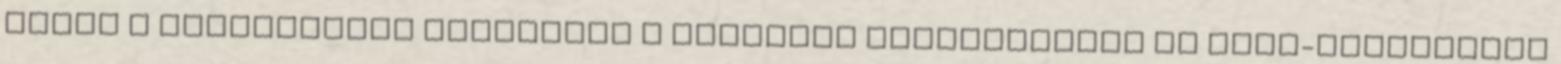
emlék a vascsapolás Miskolcon A barátság párkapcsolat is boon-sportoldal